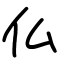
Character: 仏